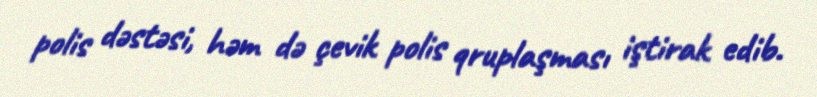
polis dəstəsi, həm də çevik polis qruplaşması iştirak edib.